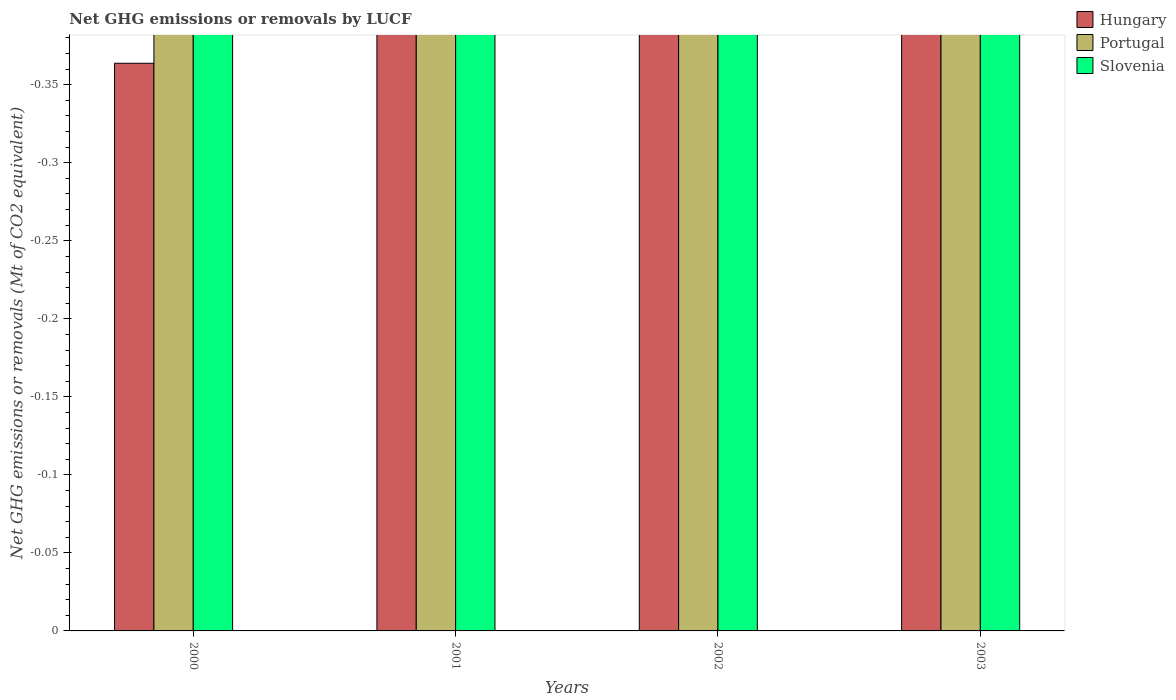
| Years | Hungary | Portugal | Slovenia |
 | --- | --- | --- | --- |
 | 2000 | -0.364 | -13.6 | -7.25 |
 | 2001 | -1.71 | -13.8 | -8.48 |
 | 2002 | -0.906 | -13.6 | -8.49 |
 | 2003 | -3.07 | -7.81 | -8.15 |